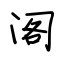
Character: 阁